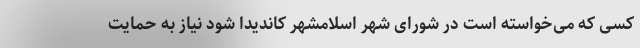
کسی که می‌خواسته است در شورای شهر اسلامشهر کاندیدا شود نیاز به حمایت